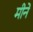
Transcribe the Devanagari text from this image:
मीने